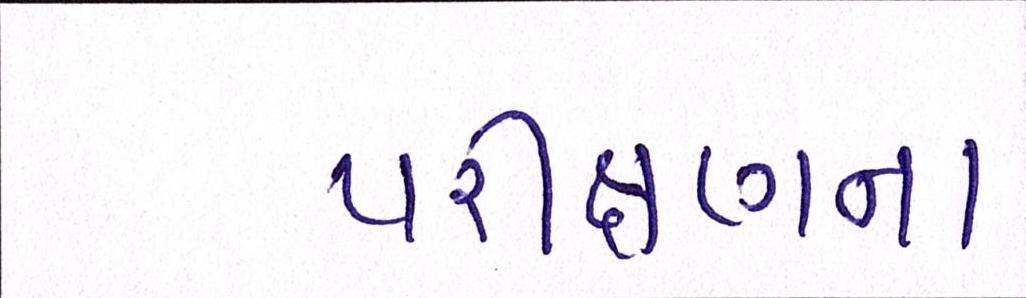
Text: પરીક્ષણના